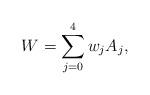
LaTeX: \begin{align*} W=\sum_{j=0}^4w_j A_j,\end{align*}